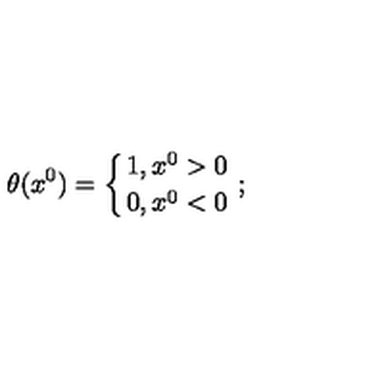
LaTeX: \theta ( x ^ { 0 } ) = \left\{ 1 , x ^ { 0 } > 0 \atop { 0 , x ^ { 0 } < 0 } \right. ;